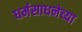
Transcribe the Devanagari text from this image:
धर्मसाधनेच्या